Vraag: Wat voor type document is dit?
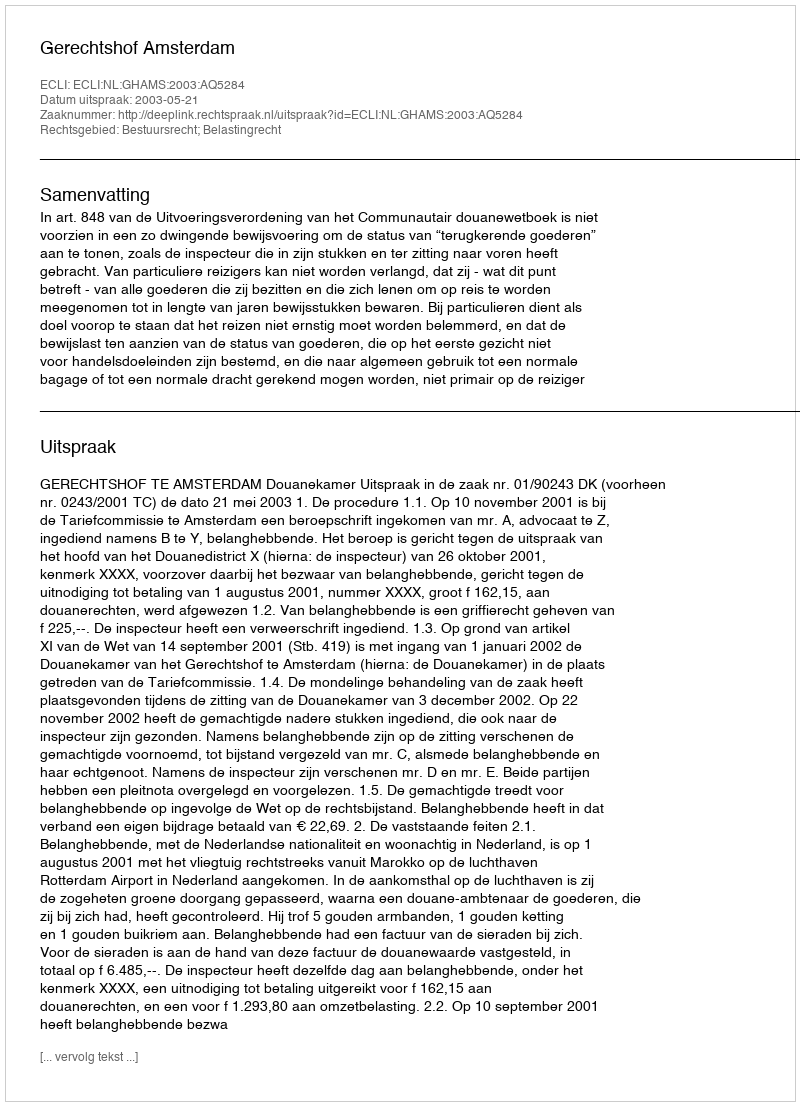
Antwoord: Uitspraak